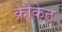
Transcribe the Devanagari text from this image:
क्रौकेट